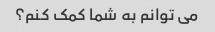
می توانم به شما کمک کنم؟